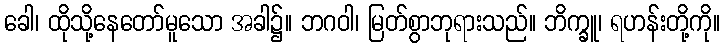
ခေါ၊ ထိုသို့နေတော်မူသော အခါ၌။ ဘဂဝါ၊ မြတ်စွာဘုရားသည်။ ဘိက္ခူ၊ ရဟန်းတို့ကို။